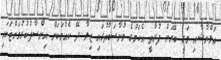
އަލްޔާޝާއި މަރީ ބޭރަށް ފުރާތީ އެކަމުގެ މުނާސަބާތުގައި ޒިލާ ދޭ ކެއުމަކަށް އިންސާފުކުރުމަށްޓަކައި